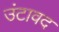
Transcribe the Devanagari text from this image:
उंटावद